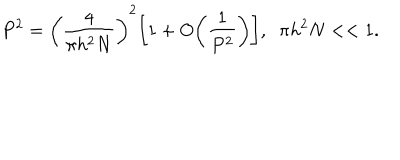
P ^ { 2 } = \bigg ( \frac { 4 } { \pi h ^ { 2 } N } \bigg ) ^ { 2 } \bigg [ 1 + O \bigg ( \frac { 1 } { P ^ { 2 } } \bigg ) \bigg ] , \; \; \pi h ^ { 2 } N < < 1 .